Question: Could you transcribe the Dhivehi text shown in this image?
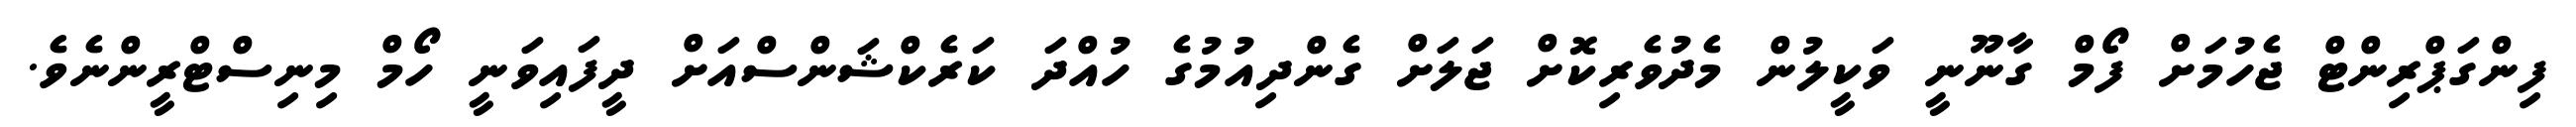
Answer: ފިންގަޕްރިންޓް ޖެހުމަށް ފޯމް ގާނޫނީ ވަކީލުން މެދުވެރިކޮށް ޖަލަށް ގެންދިއުމުގެ ހުއްދަ ކަރެކްޝަންސްއަށް ދީފައިވަނީ ހޯމް މިނިސްޓްރީންނެވެ.